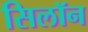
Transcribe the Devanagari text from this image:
सिलॉन